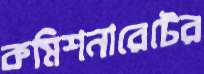
কমিশনারেটের